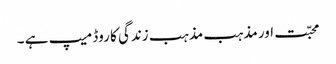
محبّت اور مذہب مذہب زندگی کا روڈ میپ ہے ۔